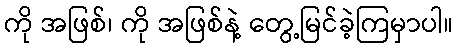
ကို အဖြစ်၊ ကို အဖြစ်နဲ့ တွေ့မြင်ခဲ့ကြမှာပါ။